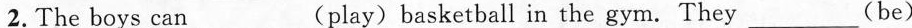
2. The boys can___(play)basketball in the gym.They___(be)